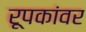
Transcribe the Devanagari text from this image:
रूपकांवर